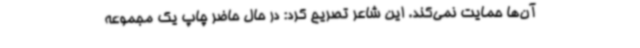
آن‌ها حمایت نمی‌کند. این شاعر تصریح کرد: در حال حاضر چاپ یک مجموعه